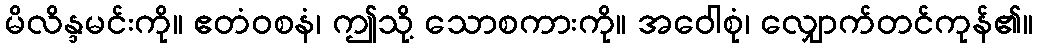
မိလိန္ဒမင်းကို။ ဧတံဝစနံ၊ ဤသို့ သောစကားကို။ အဝေါစုံ၊ လျှောက်တင်ကုန်၏။